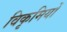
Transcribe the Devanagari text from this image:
विकृमियों